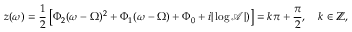
z ( \omega ) = \frac { 1 } { 2 } \left[ \Phi _ { 2 } ( \omega - \Omega ) ^ { 2 } + \Phi _ { 1 } ( \omega - \Omega ) + \Phi _ { 0 } + i | \log \mathcal { A } | ) \right] = k \pi + \frac { \pi } { 2 } , \quad k \in \mathbb { Z } ,